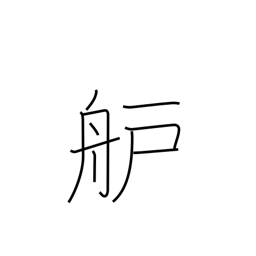
Meaning: bow or prow of boat